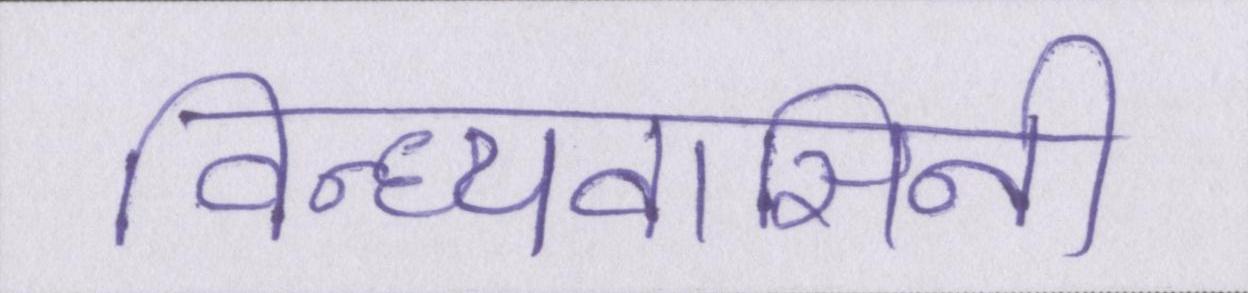
विन्ध्यवासिनी